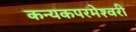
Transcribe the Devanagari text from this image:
कन्‍यकपरमेश्‍वरी